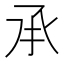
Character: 𠄘